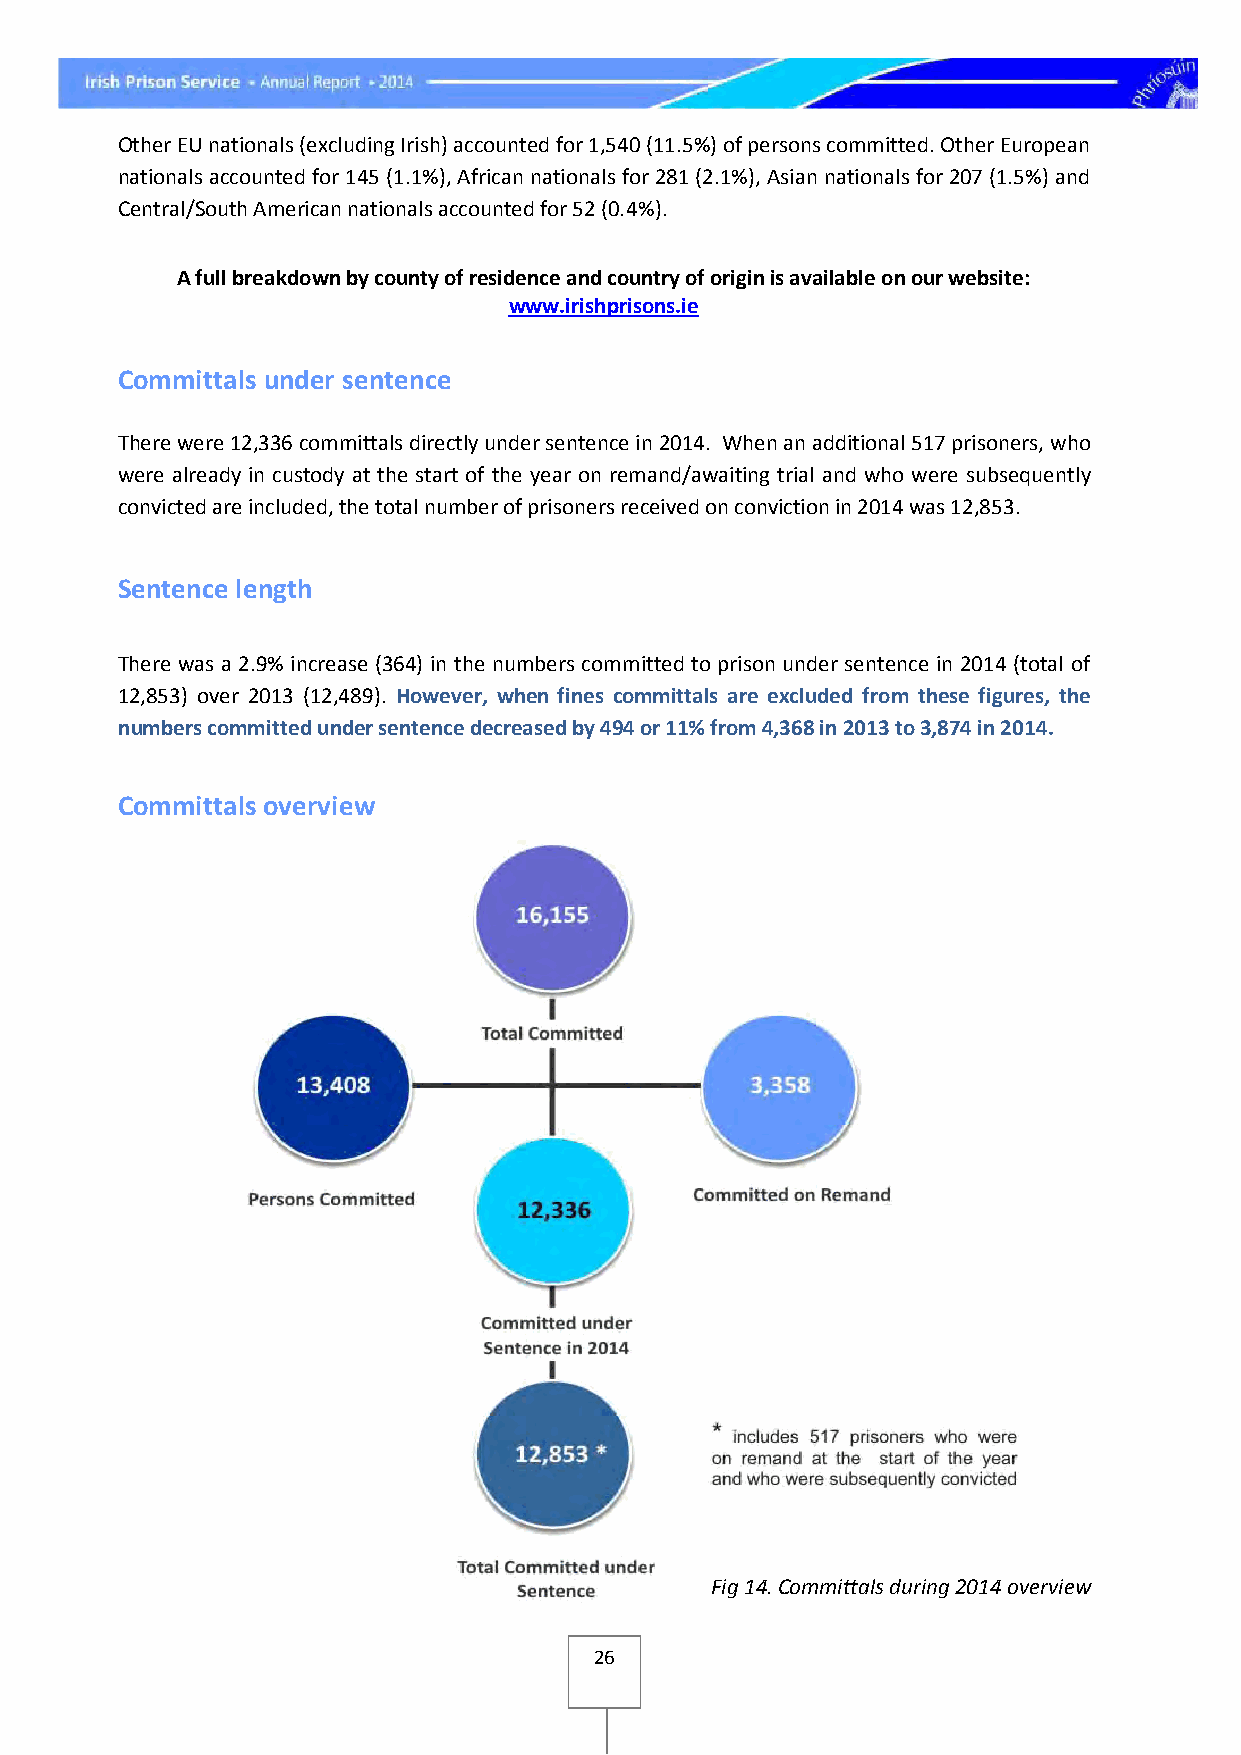
Other EU nationals (excluding Irish) accounted for 1,540 (11.5%) of persons committed. Other European
 nationals accounted for 145 (1.1%), African nationals for 281 (2.1%), Asian nationals for 207 (1.5%) and
 Central/South American nationals accounted for 52 (0.4%).
 A full breakdown by county of residence and country of origin is available on our website:
 www.irishprisons.ie
 Committals under sentence
 There were 12,336 committals directly under sentence in 2014. When an additional 517 prisoners, who
 were already in custody at the start of the year on remand/awaiting trial and who were subsequently
 convicted are included, the total number of prisoners received on conviction in 2014 was 12,853.
 Sentence length
 There was a 2.9% increase (364) in the numbers committed to prison under sentence in 2014 (total of
 12,853) over 2013 (12,489). However, when fines committals are excluded from these figures, the
 numbers committed under sentence decreased by 494 or 11% from 4,368 in 2013 to 3,874 in 2014.
 Committals overview
 Fig 14. Committals during 2014 overview
 26